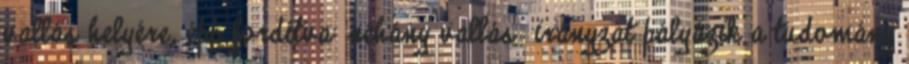
vallás helyére, épp fordítva: néhány vallás irányzat pályázik a tudomány